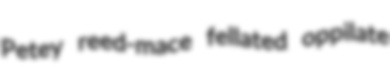
Petey reed-mace fellated oppilate